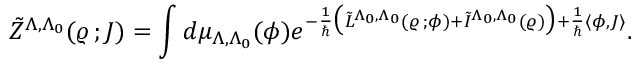
\tilde { Z } ^ { \Lambda , \Lambda _ { 0 } } ( \varrho \, ; J ) = \int d \mu _ { \Lambda , \Lambda _ { 0 } } ( \phi ) e ^ { - \frac { 1 } { \hbar } \bigl ( \tilde { L } ^ { \Lambda _ { 0 } , \Lambda _ { 0 } } ( \varrho \, ; \phi ) + \tilde { I } ^ { \Lambda _ { 0 } , \Lambda _ { 0 } } ( \varrho ) \bigr ) + \frac { 1 } { \hbar } \langle \phi , J \rangle } .